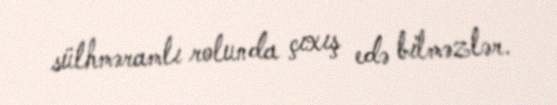
sülhməramlı rolunda çıxış edə bilməzlər.